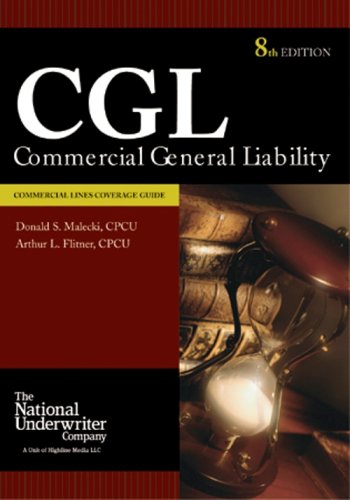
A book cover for Commercial General Liability; Donald S. Malecki; Business & Money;